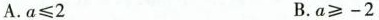
A.$$a ≤ 2$$ B.$$a ≥ - 2$$